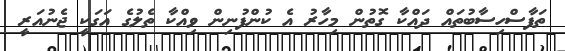
ތަފާސްހިސާބުތައް ދައްކާ ގޮތުން މިހާރު އެ ކުންފުނިން ވިއްކާ ތެލުގެ އަގަކީ ޖެނުއަރީ